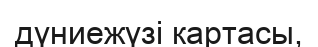
дүниежүзі картасы,